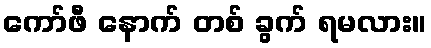
ကော်ဖီ နောက် တစ် ခွက် ရမလား။